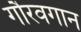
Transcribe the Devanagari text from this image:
गौरवगान